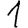
Digit: 1